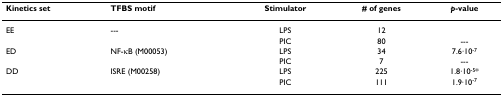
<table><thead><tr><td><b>Kinetics set</b></td><td><b>TFBS motif</b></td><td><b>Stimulator</b></td><td><b># of genes</b></td><td><b><i>p</i>-value</b></td></tr></thead><tbody><tr><td>EE</td><td>---</td><td>LPS</td><td>12</td><td></td></tr><tr><td></td><td></td><td>PIC</td><td>80</td><td>---</td></tr><tr><td>ED</td><td>NF-κB (M00053)</td><td>LPS</td><td>34</td><td>7.6·10<sup>-7</sup></td></tr><tr><td></td><td></td><td>PIC</td><td>7</td><td>---</td></tr><tr><td>DD</td><td>ISRE (M00258)</td><td>LPS</td><td>225</td><td>1.8·10<sup>-5</sup>*</td></tr><tr><td></td><td></td><td>PIC</td><td>111</td><td>1.9·10<sup>-7</sup></td></tr></tbody></table>